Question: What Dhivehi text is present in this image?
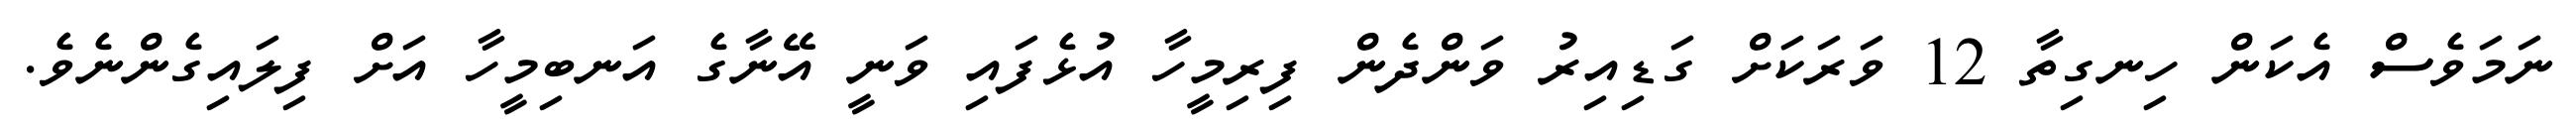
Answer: ނަމަވެސް އެކަން ހިނގިތާ 12 ވަރަކަށް ގަޑިއިރު ވަންދެން ފިރިމީހާ އުޅެފައި ވަނީ އޭނާގެ އަނބިމީހާ އަށް ފިލައިގެންނެވެ.